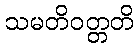
သမတိဝတ္တတိ